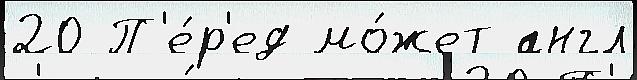
20 П'е́р'ед мо́жет англ